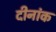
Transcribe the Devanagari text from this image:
दीनांक